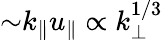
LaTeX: {\sim}k_{\| }u_{\| }\propto k_{\perp}^{1/3}